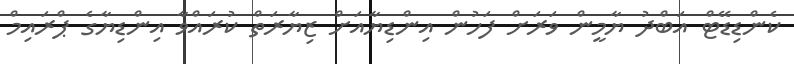
ކެންޑިޑޭޓް އަބްދު ޔާމީން ވަރަށް ފަހުން އިންޑިޔާއަށް ޒިޔާރަތް ކުރައްވާ އިންޑިޔާގެ ޕްރައިމް